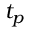
t _ { p }